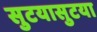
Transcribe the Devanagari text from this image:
सुटयासुटया